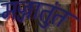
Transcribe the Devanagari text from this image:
मज्जातुंत